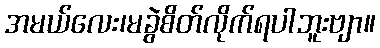
အမယ်လေး၊မခွဲစိတ်လိုက်ရပါဘူးဗျာ။